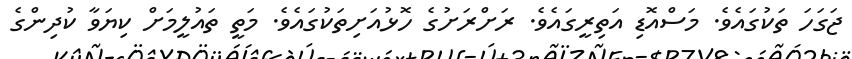
ޖަގަހަ ތަކުގައެވެ. މަސްއޮޑި އަތިރީގައެވެ. ރަށްރަށުގެ ހޮޅުއަށިތަކުގައެވެ. މަތީ ތައުލީމަށް ކިޔަވާ ކުދިންގެ